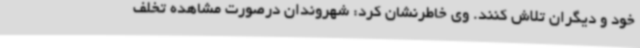
خود و دیگران تلاش کنند. وی خاطرنشان کرد: شهروندان درصورت مشاهده تخلف